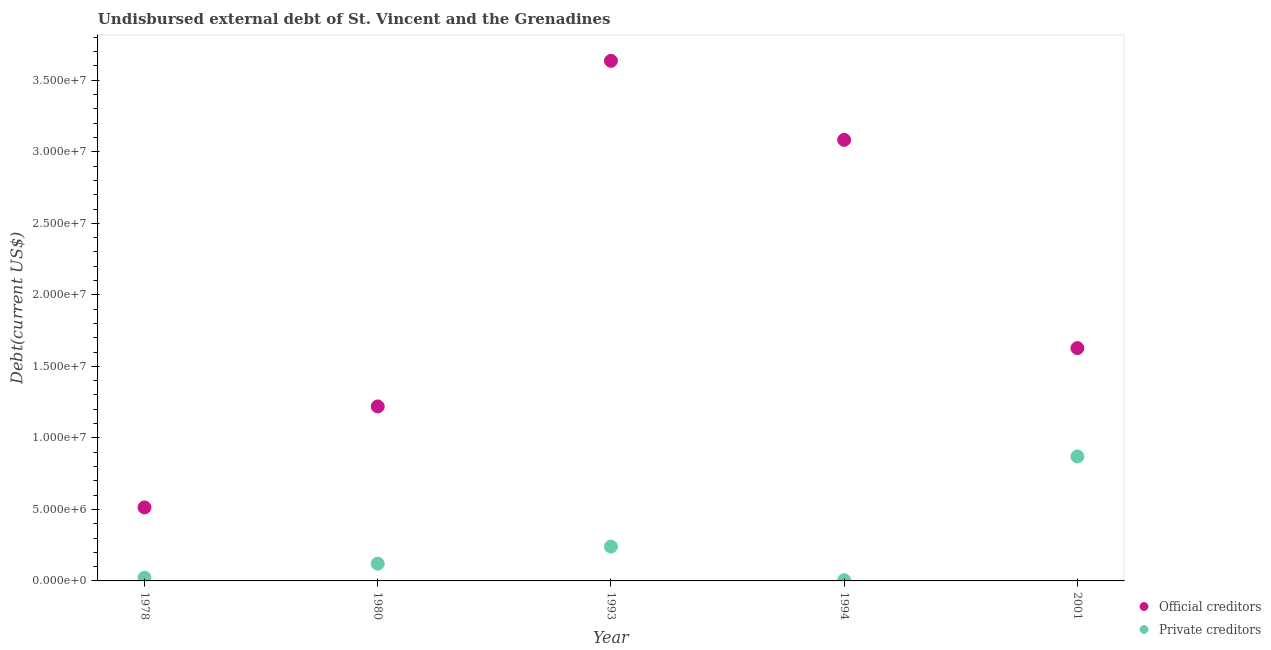
| Year | Official creditors | Private creditors |
 | --- | --- | --- |
 | 1978 | 5.14e+06 | 2.23e+05 |
 | 1980 | 1.22e+07 | 1.21e+06 |
 | 1993 | 3.64e+07 | 2.4e+06 |
 | 1994 | 3.08e+07 | 5.1e+04 |
 | 2001 | 1.63e+07 | 8.7e+06 |